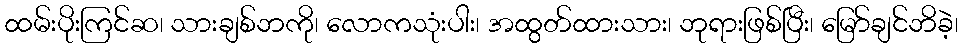
ထမ်းပိုးကြင်ဆ၊ သားချစ်ဘကို၊ လောကသုံးပါး၊ အထွတ်ထားသား၊ ဘုရားဖြစ်ပြီး၊ မြော်ချင်ဘိခဲ့၊